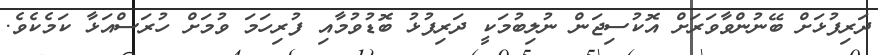
ދަރިފުޅަށް ބޭނުންވާވަރަށް އޮކުސިޖަން ނުލިބުމަކީ ދަރިފުޅު ބޮޑުވުމާއި ފުރިހަމަ ވުމަށް ހުރަސްއަޅާ ކަމެކެވެ.